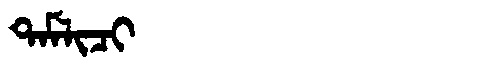
Manchu: ᡨᠠᠮᠯᡳᠴᡳ
Romanization: TAMLICI